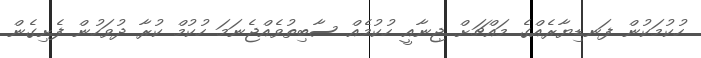
ހުކުމަކުން ފަނޑިޔާރެއްގެ މައްޗަށް ޖިނާއީ ހުކުމެއް ސާބިތުވެއްޖެނަމަ ހުކުމް ކުރާ ދުވަހުން ފެށިގެން